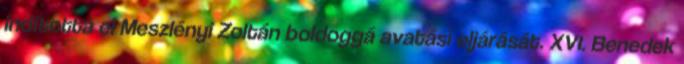
indította el Meszlényi Zoltán boldoggá avatási eljárását. XVI. Benedek